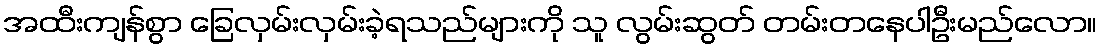
အထီးကျန်စွာ ခြေလှမ်းလှမ်းခဲ့ရသည်များကို သူ လွမ်းဆွတ် တမ်းတနေပါဦးမည်လော။